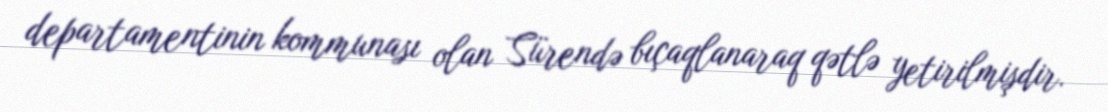
departamentinin kommunası olan Sürendə bıçaqlanaraq qətlə yetirilmişdir.